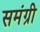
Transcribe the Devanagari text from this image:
समंग्री